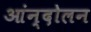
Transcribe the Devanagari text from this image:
आंन्दोलन